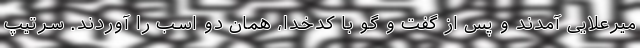
میرعلایی آمدند و پس از گفت و گو با کدخدا، همان دو اسب را آوردند. سرتیپ